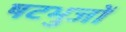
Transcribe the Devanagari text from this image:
षटभुजों